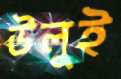
উলুই